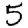
Digit: 5